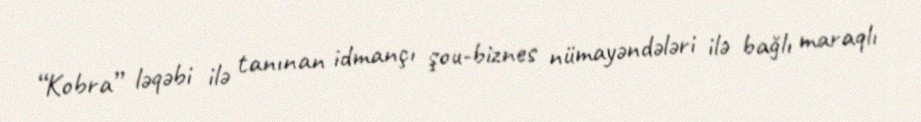
“Kobra” ləqəbi ilə tanınan idmançı şou-biznes nümayəndələri ilə bağlı maraqlı